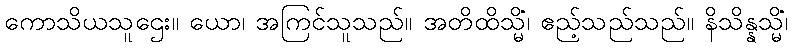
ကောသိယသူဌေး။ ယော၊ အကြင်သူသည်။ အတိထိသ္မိံ၊ ဧည့်သည်သည်။ နိသိန္နသ္မိံ၊